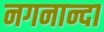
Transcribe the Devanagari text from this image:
नगनान्दा